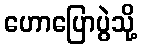
ဟောပြောပွဲသို့